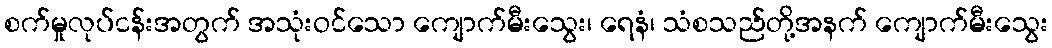
စက်မှုလုပ်ငန်းအတွက် အသုံးဝင်သော ကျောက်မီးသွေး၊ ရေနံ၊ သံစသည်တို့အနက် ကျောက်မီးသွေး